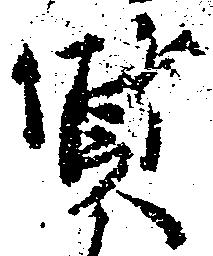
質